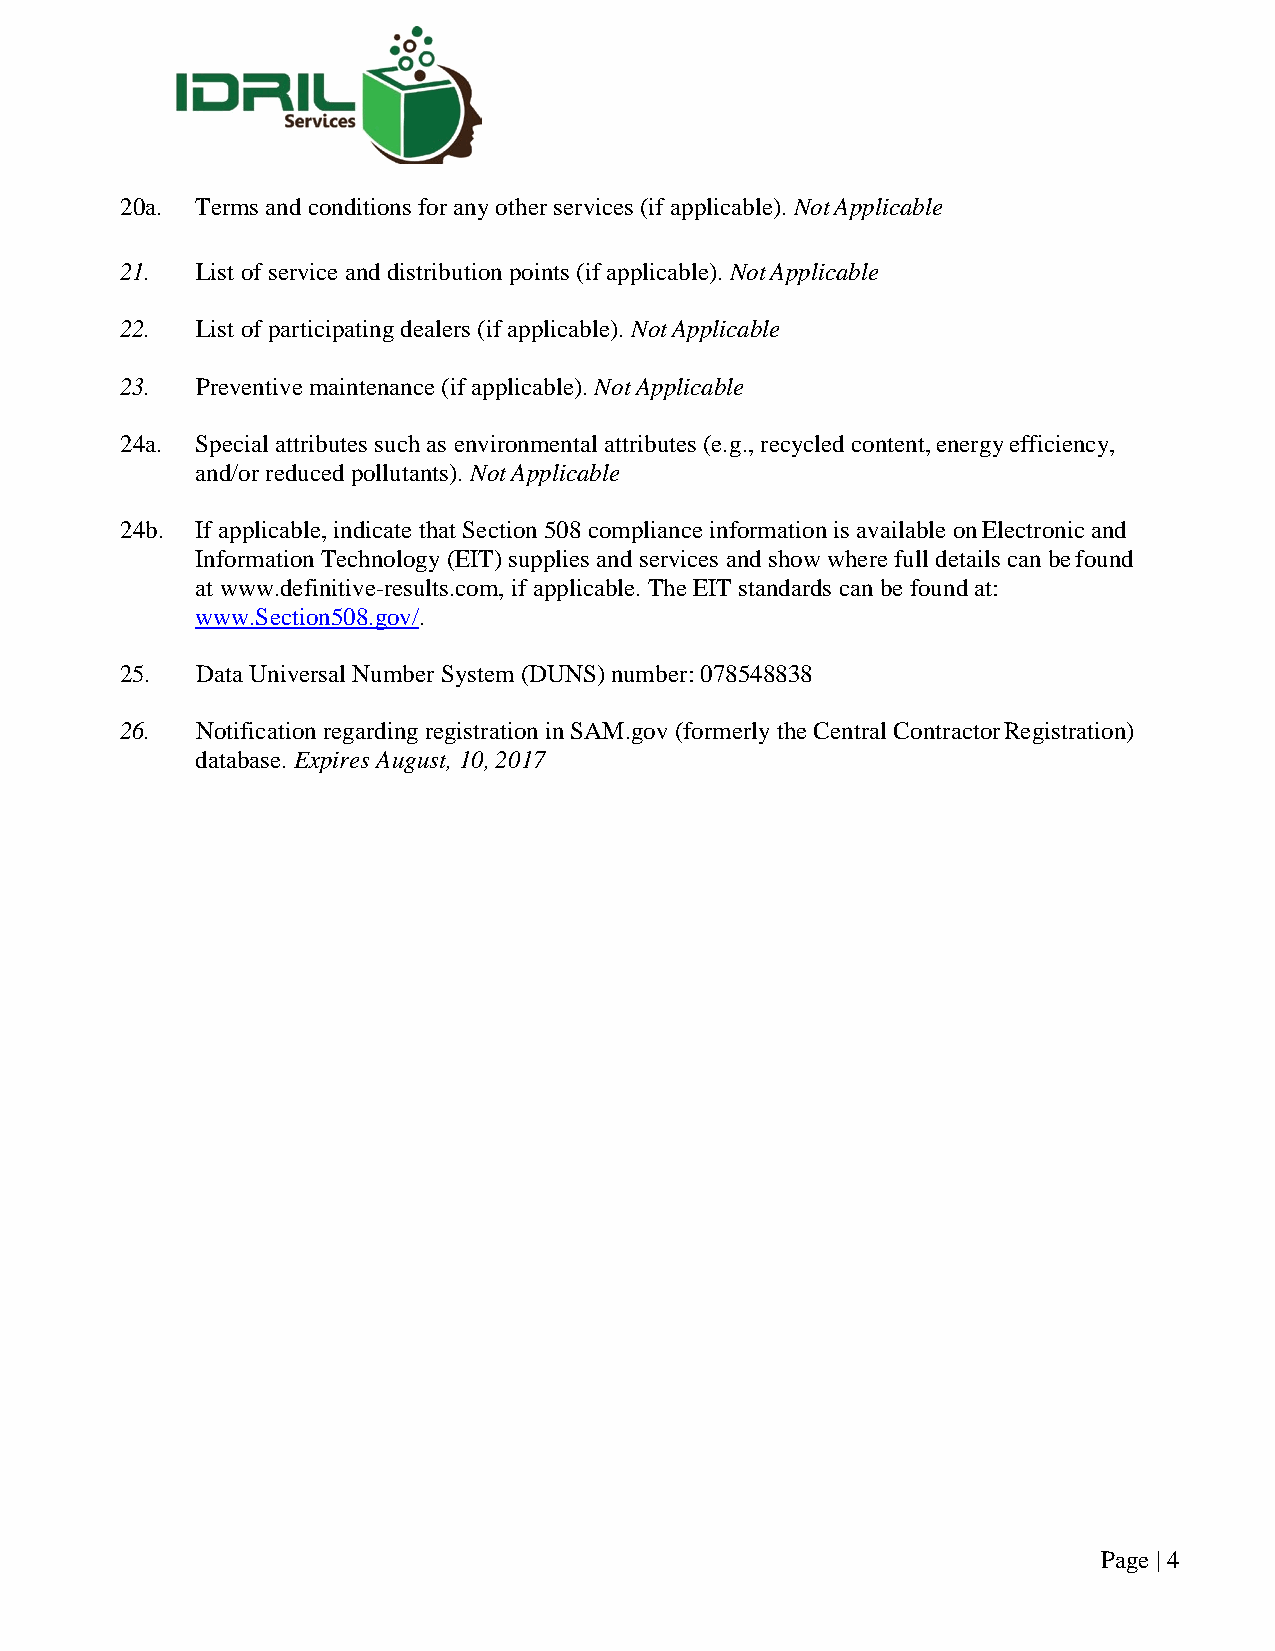
20a. Terms and conditions for any other services (if applicable). Not Applicable
 21.  List of service and distribution points (if applicable). Not Applicable
 22.  List of participating dealers (if applicable). Not Applicable
 23.  Preventive maintenance (if applicable). Not Applicable
 24a. Special attributes such as environmental attributes (e.g., recycled content, energy efficiency,
 and/or reduced pollutants). Not Applicable
 24b. If applicable, indicate that Section 508 compliance information is available on Electronic and
 Information Technology (EIT) supplies and services and show where full details can be found
 at www.definitive-results.com, if applicable. The EIT standards can be found at:
 www.Section508.gov/.
 25.  Data Universal Number System (DUNS) number: 078548838
 26.  Notification regarding registration in SAM.gov (formerly the Central Contractor Registration)
 database. Expires August, 10, 2017
 Page | 4